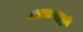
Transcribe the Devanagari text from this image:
आटपली